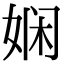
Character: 娴